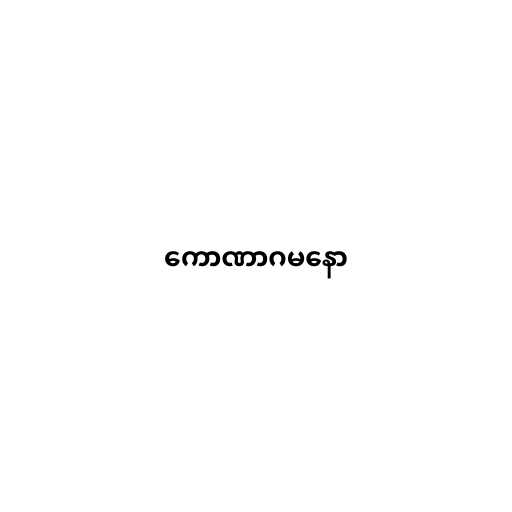
ကောဏာဂမနော